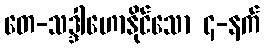
တေ-သဒ္ဒါဟောနိုင်သော ၄-နက်